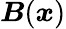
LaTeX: \boldsymbol{B}(\boldsymbol{x})